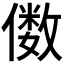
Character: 𫤀